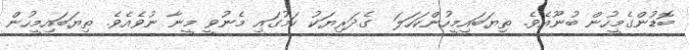
ބޮޑުންގެމީހުން ބުނޫއެވެ. ތިޔަބައިމީހުންކަހަލަ  ގެދަރިޔަކު ކަމުގައި މެނުވީ މީނާ ނުވެއެވެ. ތިޔަބައިމީހުން